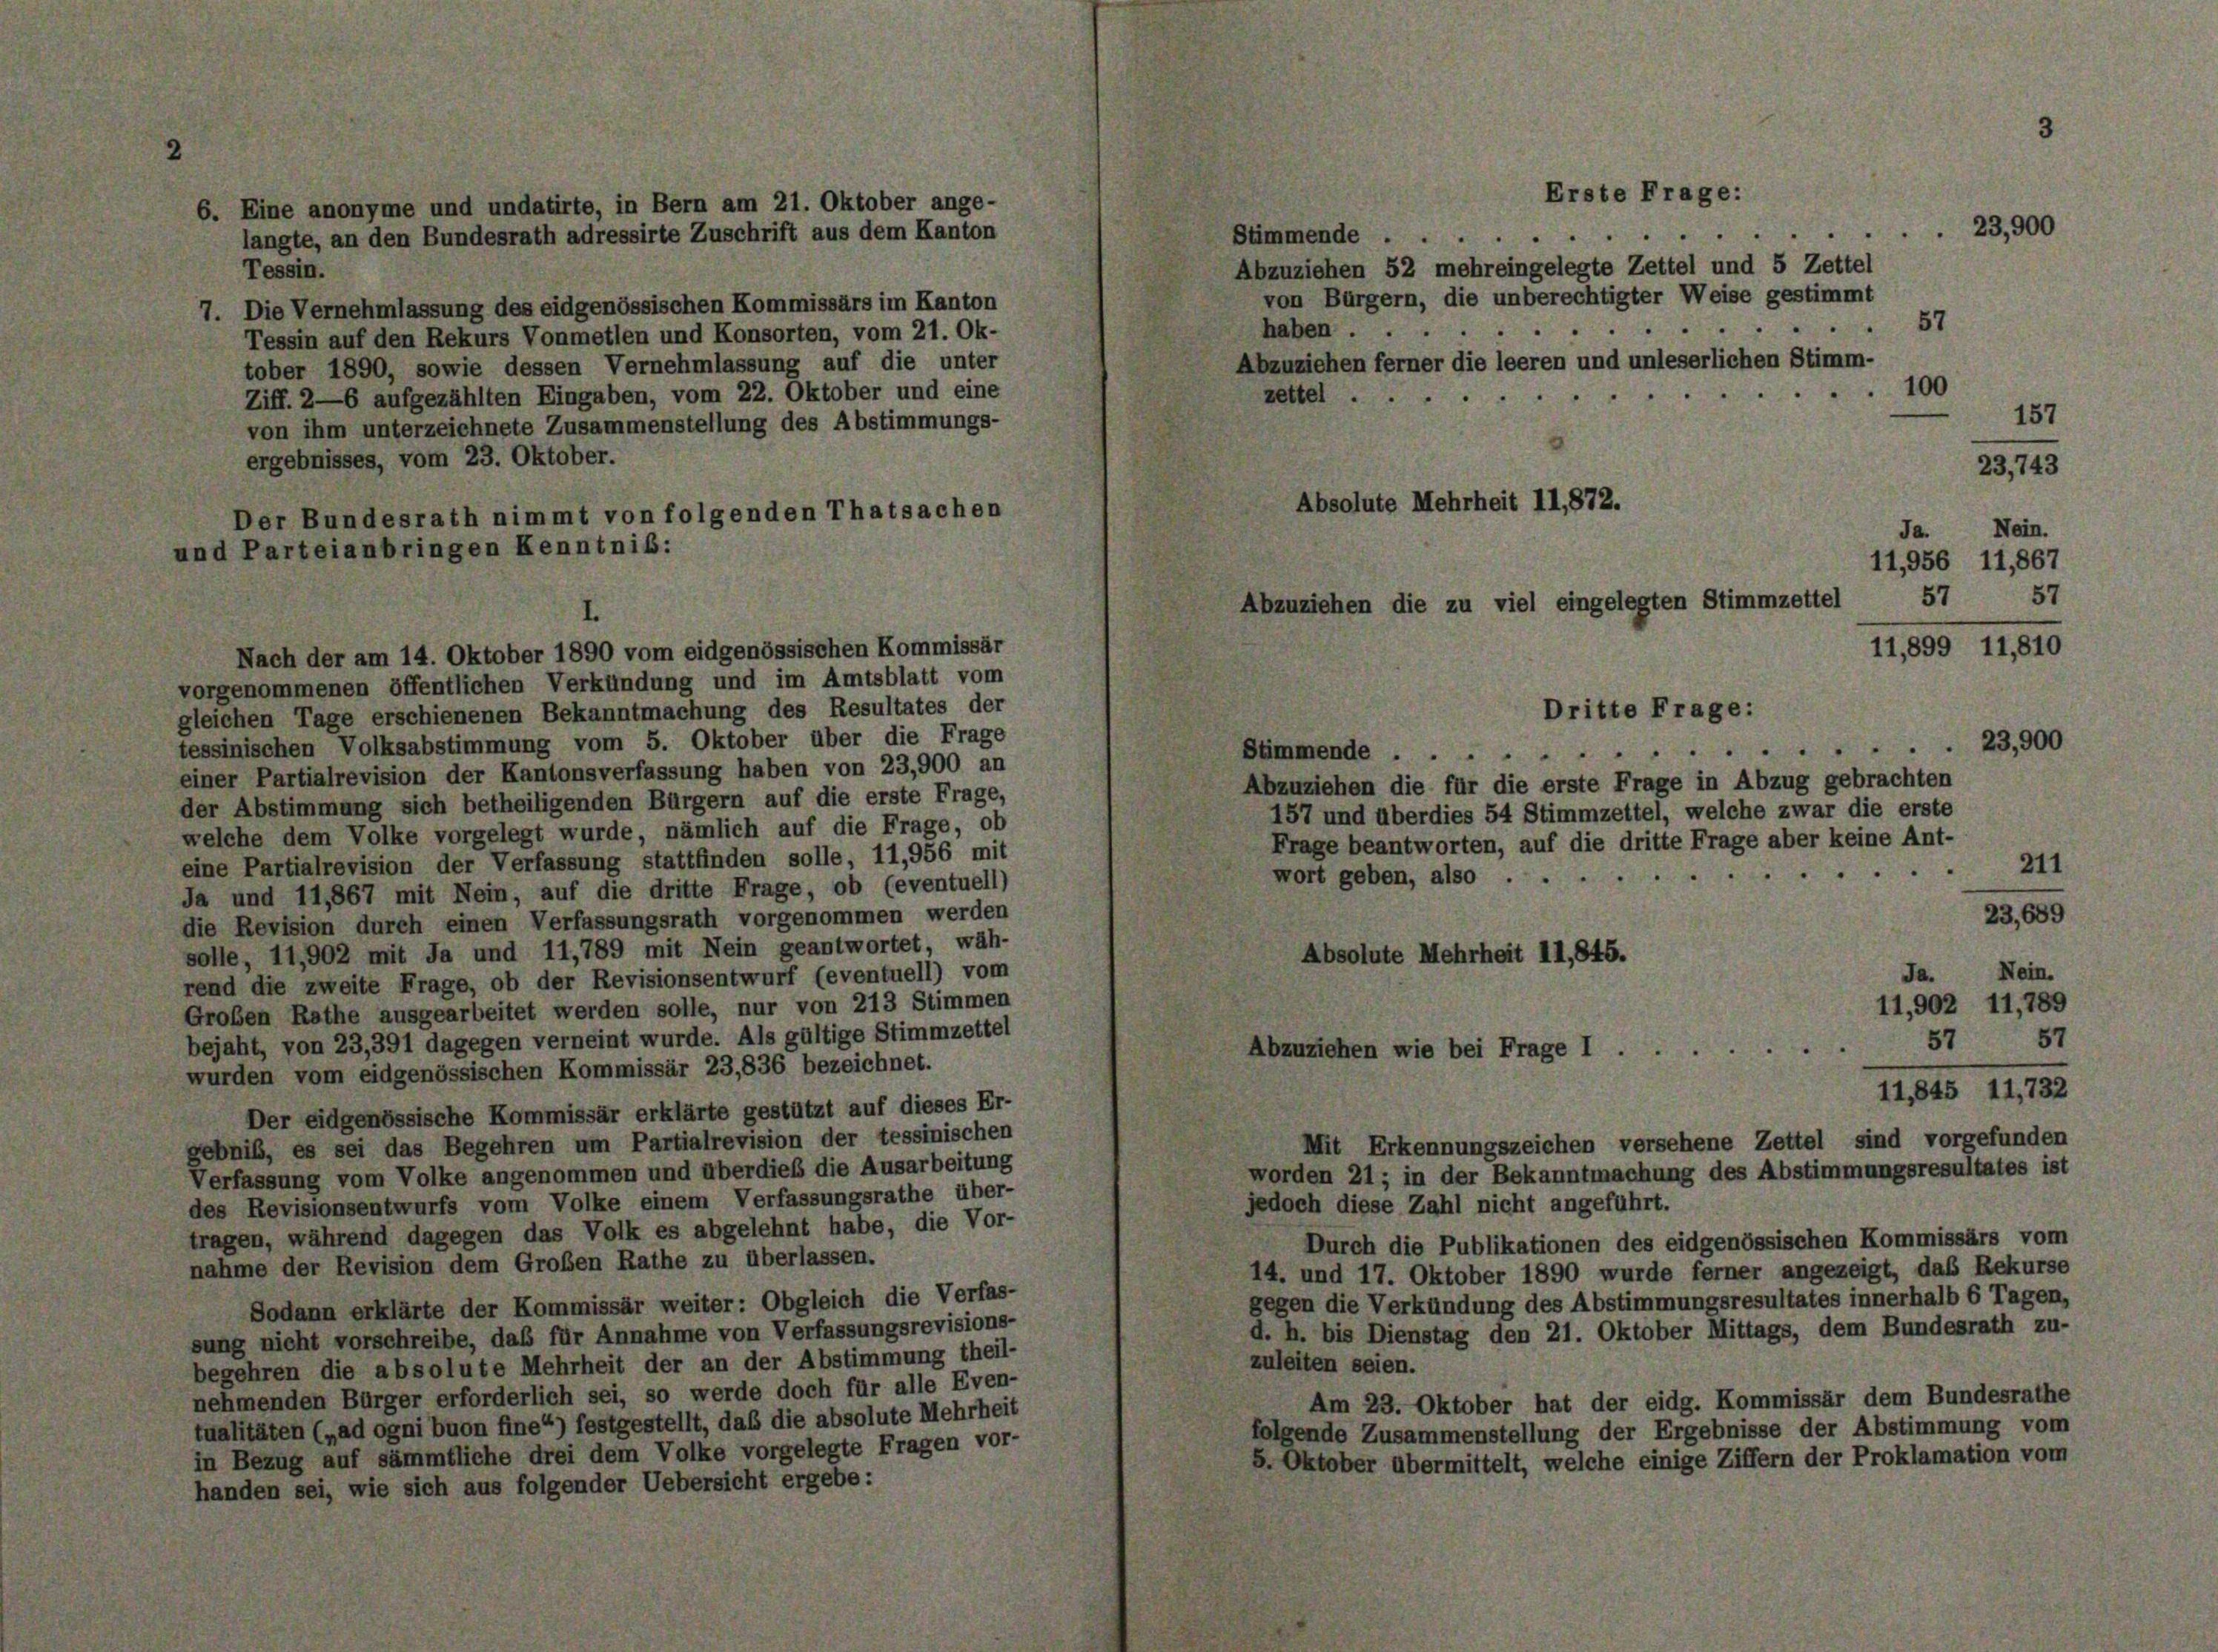
Tessin.
7. Die Vernehmlassung des eidgenössischen Kommissärs im Kanton
Tessin auf den Rekurs Vonmetlen und Konsorten, vom 21. Ok-
tober 1890, sowie dessen Vernehmlassung auf die unter
Ziff. 2—6 aufgezählten Eingaben, vom 22. Oktober und eine
von ihm unterzeichnete Zusammenstellung des Abstimmungs-
ergebnisses, vom 23. Oktober.
Der Bundesrath nimmt von folgenden Thatsachen
Nach der am 14. Oktober 1890 vom eidgenössischen Kommissär
vorgenommenen öffentlichen Verkündung und im Amtsblatt vom
gleichen Tage erschienenen Bekanntmachung des Resultates der
tessinischen Volksabstimmung vom 5. Oktober über die Frage
Stimmende . .
einer Partialrevision der Kantonsverfassung haben von 23,900 an
Abzuziehen die für die erste Frage in Abzug gebrachten
der Abstimmung sich betheiligenden Bürgern auf die erste Frage,
157 und überdies 54 Stimmzettel, welche zwar die erste
welche dem Volke vorgelegt wurde, nämlich auf die Frage, ob
Frage beantworten, auf die dritte Frage aber keine Ant-
eine Partialrevision der Verfassung stattfinden solle, 11,956 mit
wort geben, also
Ja und 11,867 mit Nein, auf die dritte Frage, ob (eventuell)
23,689
die Revision durch einen Verfassungsrath vorgenommen werden
solle, 11,902 mit Ja und 11,789 mit Nein geantwortet, wäh-
Absolute Mehrheit 11,845.
Nein.
Ja.
rend die zweite Frage, ob der Revisionsentwurf (eventuell) vom
11,902 11,789
Großen Rathe ausgearbeitet werden solle, nur von 213 Stimmen
bejaht, von 23,391 dagegen verneint wurde. Als gültige Stimmzettel
57
57
Abzuziehen wie bei Frage 1
wurden vom eidgenössischen Kommissär 23,836 bezeichnet.
11,845 11,732
Der eidgenössische Kommissär erklärte gestützt auf dieses Er-
gebniß, es sei das Begehren um Partialrevision der tessinischen
Mit Erkennungszeichen versehene Zettel sind vorgefunden
worden 21 ; in der Bekanntmachung des Abstimmungsresultates ist
Verfassung vom Volke angenommen und überdieß die Ausarbeitung
des Revisionsentwurfs vom Volke einem Verfassungsrathe über-
jedoch diese Zahl nicht angeführt.
tragen, während dagegen das Volk es abgelehnt habe, die Vor-
Durch die Publikationen des eidgenössischen Kommissärs vom
nahme der Revision dem Großen Rathe zu überlassen.
14. und 17. Oktober 1890 wurde ferner angezeigt, das Rekurse
gegen die Verkündung des Abstimmungsresultates innerhalb 6 Tagen,
Sodann erklärte der Kommissär weiter: Obgleich die Verfas-
d. h. bis Dienstag den 21. Oktober Mittags, dem Bundesrath zu-
sung nicht vorschreibe, das für Annahme von Verfassungsrevisions-
zuleiten seien.
begehren die absolute Mehrheit der an der Abstimmung theil-
nehmenden Bürger erforderlich sei, so werde doch für alle Even-
Am 23. Oktober hat der eidg. Kommissär dem Bundesrathe
tualitäten („ad ogni buon fine“) festgestellt, daß die absolute Mehrheit
folgende Zusammenstellung der Ergebnisse der Abstimmung vom
in Bezug auf sämmtliche drei dem Volke vorgelegte Fragen vor-
5. Oktober übermittelt, welche einige Ziffern der Proklamation vom
handen sei, wie sich aus folgender Uebersicht ergebe:

und Parteianbringen Kenntniß:

6. Eine anonyme und undatirte, in Bern am 21. Oktober ange-
langte, an den Bundesrath adressirte Zuschrift aus dem Kanton

Stimmende . .
Abzuziehen 52 mehreingelegte Zettel und 5 Zettel
von Bürgern, die unberechtigter Weise gestimmt
haben ..
Abzuziehen ferner die leeren und unleserlichen Stimm-
zettel
Absolute Mehrheit II,872.

Erste Frage:

Ja.
11,956 11,867
57
Abzuziehen die zu viel eingelegten Stimmzettel
11,899 11,810

Dritte Frage:

57
100
157

d

Nein.
57

23,900
211
.

23,900

23,743